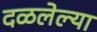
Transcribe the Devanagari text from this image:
दळलेल्या